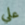
علي